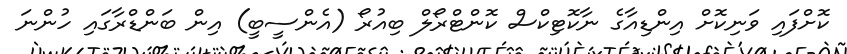
ކޮށްފައި ވަނިކޮށް އިންޑިއާގެ ނާކޮޓިކްސް ކޮންޓްރޯލް ބިއުރޯ (އެންސީބީ) އިން ބަންޑްރާގައި ހުންނަ